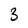
Character: 3